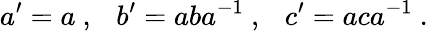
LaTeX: a^{\prime}=a~,~~~b^{\prime}=aba^{-1}~,~~~c^{\prime}=aca^{-1}~.